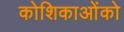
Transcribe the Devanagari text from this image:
कोशिकाओंको